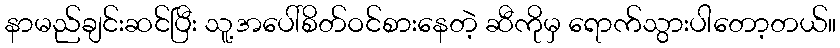
နာမည်ချင်းဆင်ပြီး သူ့အပေါ်စိတ်ဝင်စားနေတဲ့ ဆီကိုမှ ရောက်သွားပါတော့တယ်။